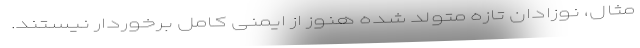
مثال، نوزادان تازه متولد شده هنوز از ایمنی کامل برخوردار نیستند.